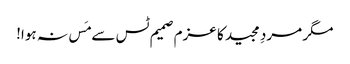
مگر مردِ مجید کا عزم صمیم ٹس سے مَس نہ ہوا!